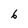
Character: 6